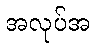
အလုပ်အ